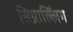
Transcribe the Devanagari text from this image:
सिग्नाल्लिंग